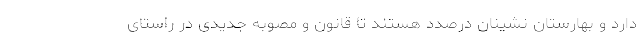
دارد و بهارستان نشینان درصدد هستند تا قانون و مصوبه جدیدی در راستای